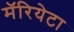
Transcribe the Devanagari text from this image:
मॅरियेटा